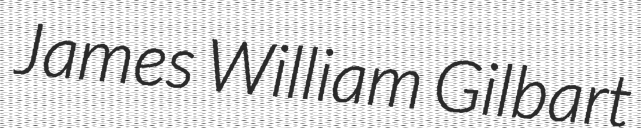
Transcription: James William Gilbart